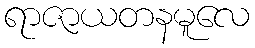
ရာဇာယတနမူလေ